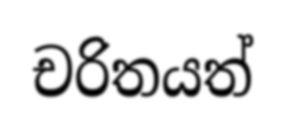
චරිතයත්